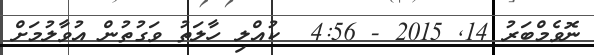
ނޮވެމްބަރު 14